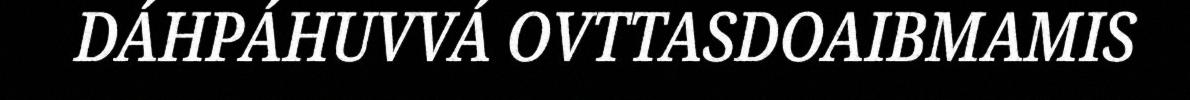
DÁHPÁHUVVÁ OVTTASDOAIBMAMIS